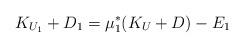
LaTeX: \begin{align*}K_{U_1} +D_1 = \mu_1^* (K_U+D) - E_1 \end{align*}